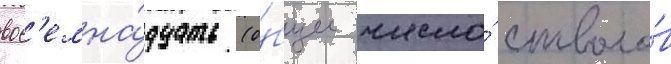
вос'емна́дцать (о́бщее число́ стволо́в